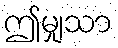
ဤမျှသာ